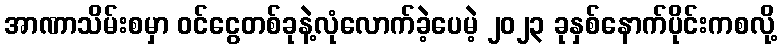
အာဏာသိမ်းစမှာ ဝင်ငွေတစ်ခုနဲ့လုံလောက်ခဲ့ပေမဲ့ ၂၀၂၃ ခုနှစ်နောက်ပိုင်းကစလို့